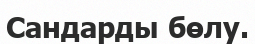
Сандарды бөлу.